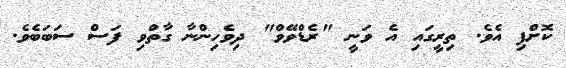
ކޮށްފި އެވެ. ތިރީގައި އެ ވަނީ "ރެޑްވޭވް" ދިވެހިންނާ ގާތްވި ފަސް ސަބަބެވެ.